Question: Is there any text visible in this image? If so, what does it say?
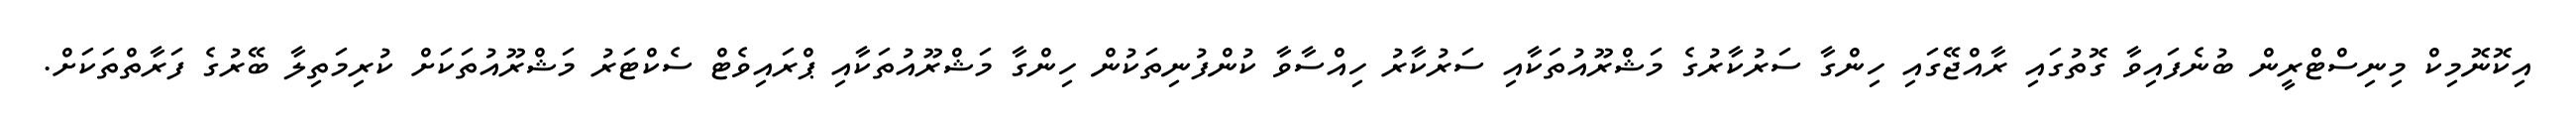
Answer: އިކޮނޮމިކް މިނިސްޓްރީން ބުނެފައިވާ ގޮތުގައި ރާއްޖޭގައި ހިންގާ ސަރުކާރުގެ މަޝްރޫއުތަކާއި ސަރުކާރު ހިއްސާވާ ކުންފުނިތަކުން ހިންގާ މަޝްރޫއުތަކާއި ޕްރައިވެޓް ސެކްޓަރު މަޝްރޫއުތަކަށް ކުރިމަތިލާ ބޭރުގެ ފަރާތްތަކަށް.